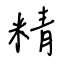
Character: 精